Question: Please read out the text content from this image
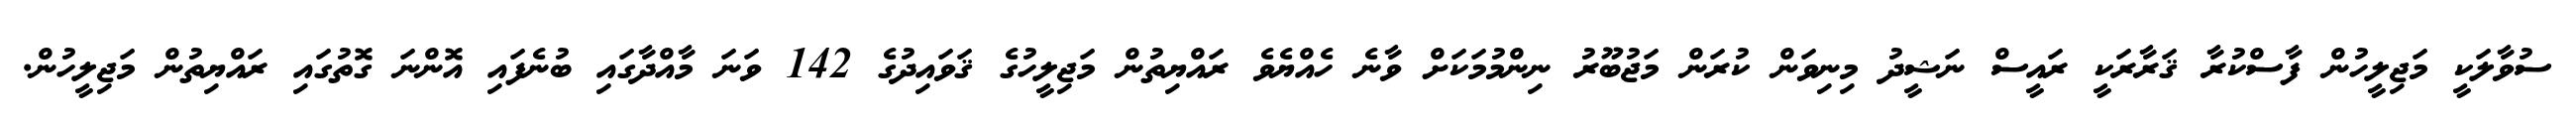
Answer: ސުވާލަކީ މަޖިލީހުން ފާސްކުރާ ޤަރާރަކީ ރައީސް ނަޝީދު މިނިވަން ކުރަން މަޖުބޫރު ނިންމުމަކަށް ވާނެ ހެއްޔެވެ ރައްޔިތުން މަޖިލީހުގެ ޤަވައިދުގެ 142 ވަނަ މާއްދާގައި ބުނެފައި އޮންނަ ގޮތުގައި ރައްޔިތުން މަޖިލީހުން.